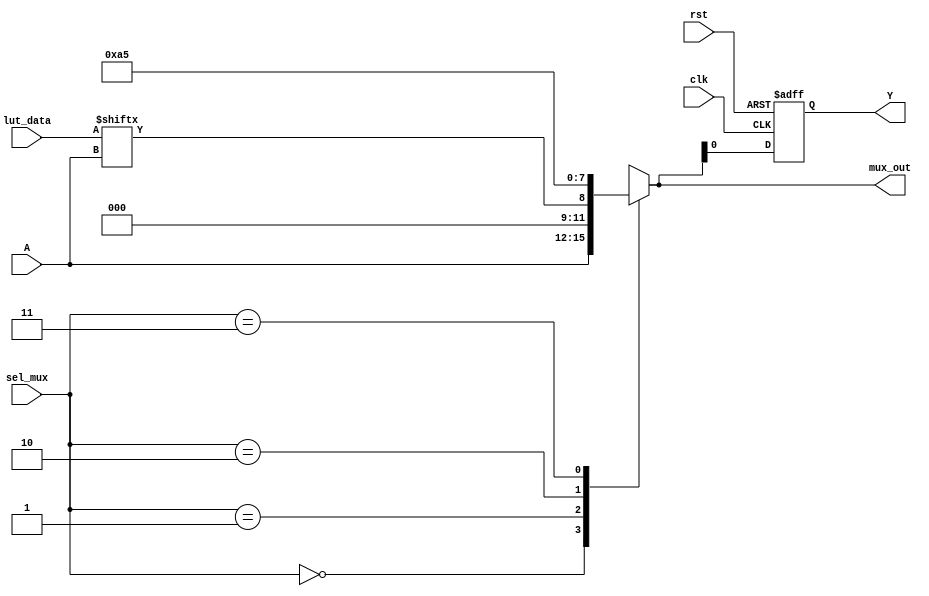
module CLB (
    input wire [3:0] A,          // 4 input signals for LUT
    input wire [1:0] sel_mux,    // Selector for multiplexer
    input wire clk,              // Clock for flip-flops
    input wire rst,              // Reset signal
    input wire [15:0] lut_data,  // Configuration data for LUT (16 possible combinations for 4 inputs)
    output wire Y,               // Output from the LUT or flip-flop
    output wire [3:0] mux_out    // Output from the multiplexer
);

// LUT implementation
wire lut_out;
reg [15:0] lut_mem;

// LUT functionality
always @(*) begin
    lut_mem = lut_data; // Load LUT configuration
end

assign lut_out = lut_mem[A]; // LUT output based on inputs

// Multiplexer implementation
reg [3:0] mux_inputs[3:0]; // 4 inputs for the multiplexer
always @(*) begin
    case(sel_mux)
        2'b00: mux_out = A;                // Select input A
        2'b01: mux_out = {3'b0, lut_out};  // Select LUT output
        2'b10: mux_out = 4'b1010;          // Example static input
        2'b11: mux_out = 4'b0101;          // Example static input
        default: mux_out = 4'b0000;
    endcase
end

// Flip-Flop implementation for intermediate storage
reg [3:0] ff_out;

always @(posedge clk or posedge rst) begin
    if (rst) begin
        ff_out <= 4'b0000; // Reset flip-flop output
    end else begin
        ff_out <= mux_out; // Store the output of the multiplexer
    end
end

// Final output selection
assign Y = ff_out[0]; // Output from the flip-flop (example: take one bit)

endmodule